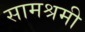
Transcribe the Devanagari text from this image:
सामश्रमी